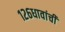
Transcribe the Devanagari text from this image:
१२६धावांची